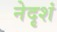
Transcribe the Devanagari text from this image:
नेदृशं